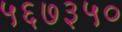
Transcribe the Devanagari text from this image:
५६७३५०